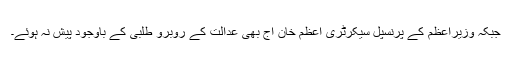
جبکہ وزیراعظم کے پرنسپل سیکرٹری اعظم خان آج بھی عدالت کے روبرو طلبی کے باوجود پیش نہ ہوئے۔